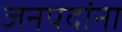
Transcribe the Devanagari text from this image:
जनपदांना